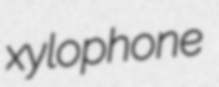
xylophone